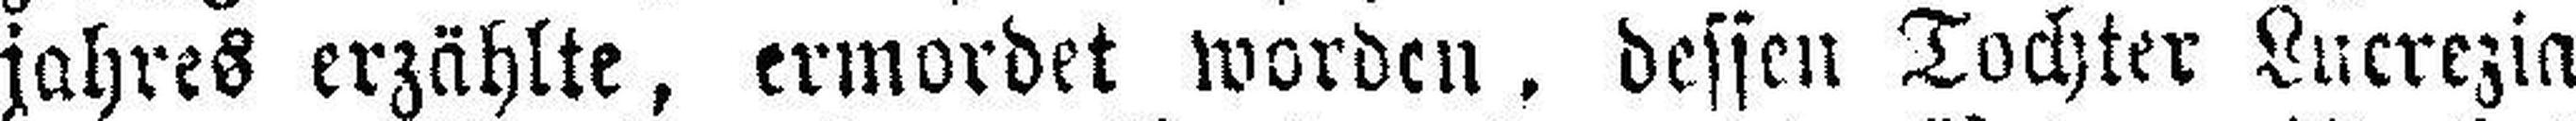
jahres erzählte, ermordet worden, dessen Tochter Lucrezia